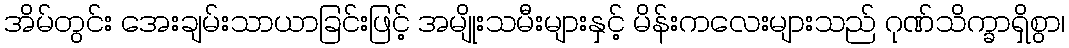
အိမ်တွင်း အေးချမ်းသာယာခြင်းဖြင့် အမျိုးသမီးများနှင့် မိန်းကလေးများသည် ဂုဏ်သိက္ခာရှိစွာ၊